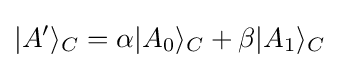
|A'\rangle _{C}=\alpha |A_{0}\rangle _{C}+\beta |A_{1}\rangle _{C}